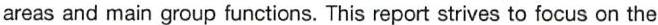
areas and main group functions. This report strives to focus on the